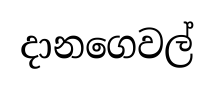
දානගෙවල්